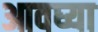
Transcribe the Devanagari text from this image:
आवघ्या